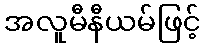
အလူမီနီယမ်ဖြင့်